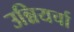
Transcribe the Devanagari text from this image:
उन्नियर्चा